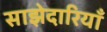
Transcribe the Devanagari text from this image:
साझेदारियाँ